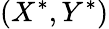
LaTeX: (X^{*},Y^{*})